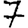
Digit: 7